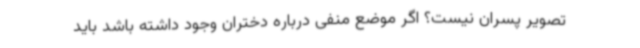
تصویر پسران نیست؟ اگر موضع منفی درباره دختران وجود داشته باشد باید